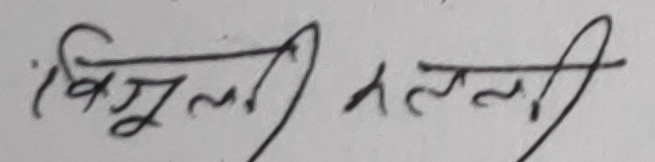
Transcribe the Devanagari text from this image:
विमूली मल्ली